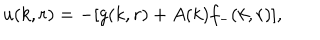
LaTeX: u ( k , r ) = - [ g ( k , r ) + A ( k ) f _ { - } ( k , r ) ] ,